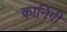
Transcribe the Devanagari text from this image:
कार्निगी